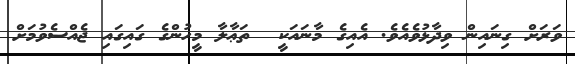
ވަރަށް ގިނައިން ވިދާޅުވެއެވެ. އެއިގެ މާނައަކީ  ތަޢާލާ މީހުންގެ ގައިގައި ޖެއްސެވުމަށް